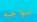
نواجه